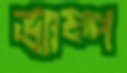
ভ্যাম্প